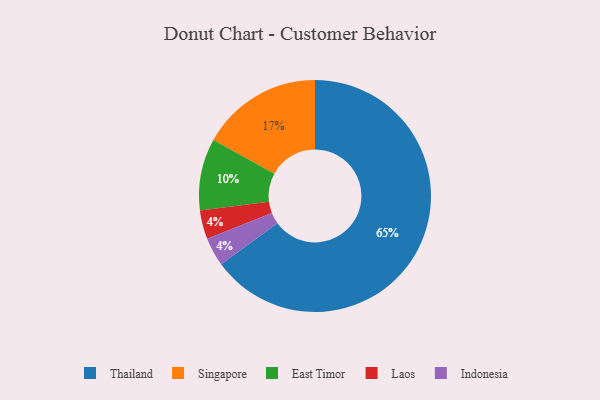
{"axis": {"x": "Category", "y": "Percentage"}, "legend": ["East Timor", "Indonesia", "Laos", "Singapore", "Thailand"], "data": [{"x": "Thailand", "y": 65, "type": "Thailand"}, {"x": "East Timor", "y": 10, "type": "East Timor"}, {"x": "Laos", "y": 4, "type": "Laos"}, {"x": "Singapore", "y": 17, "type": "Singapore"}, {"x": "Indonesia", "y": 4, "type": "Indonesia"}]}